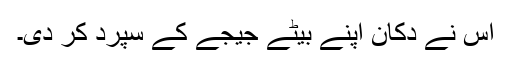
اس نے دکان اپنے بیٹے جیجے کے سپرد کر دی۔